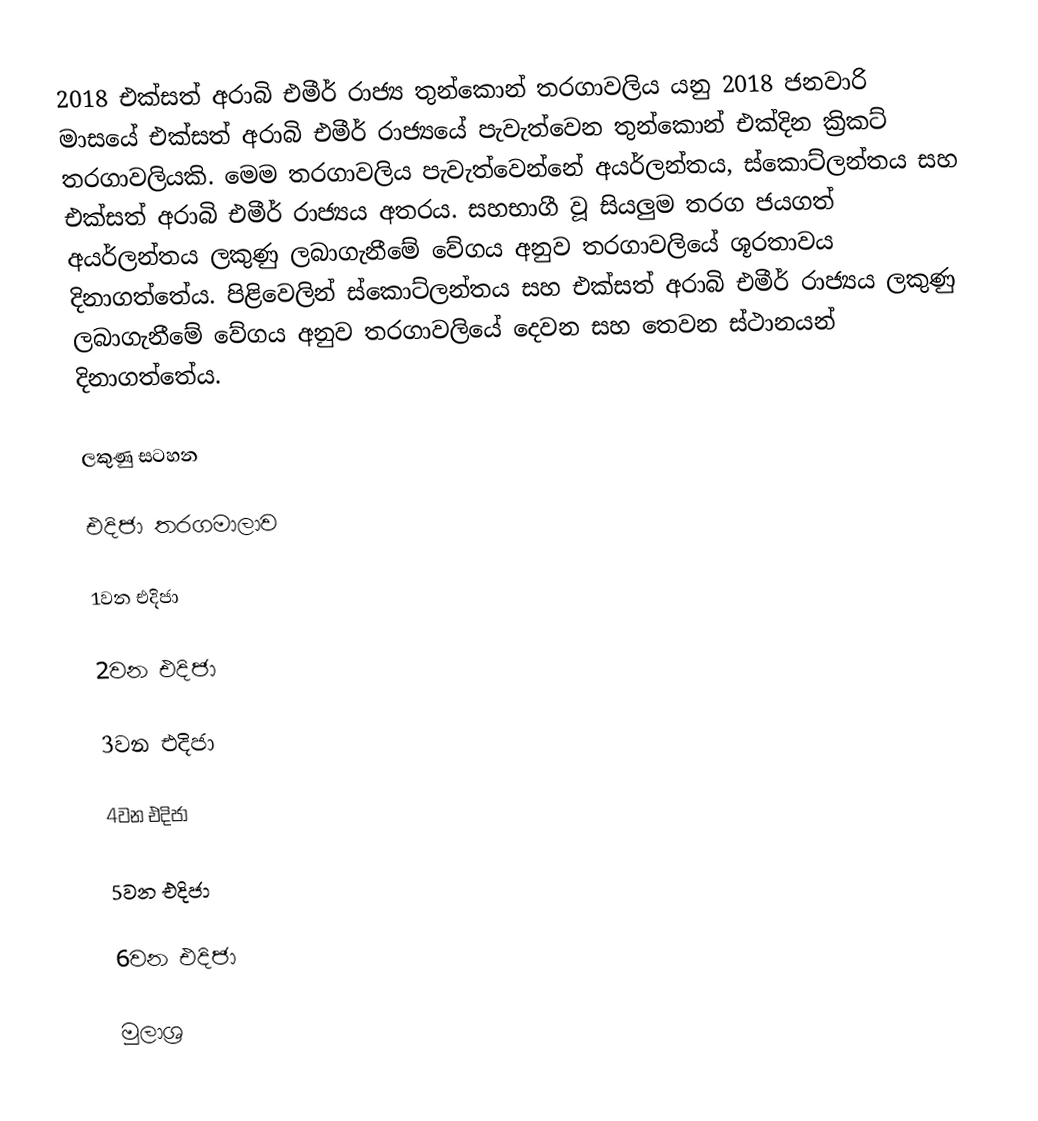
2018 එක්සත් අරාබි එමීර් රාජ්‍ය තුන්කොන් තරගාවලිය යනු 2018 ජනවාරි මාසයේ එක්සත් අරාබි එමීර් රාජ්‍යයේ පැවැත්වෙන තුන්කොන් එක්දින ක්‍රිකට් තරගාවලියකි. මෙම තරගාවලිය පැවැත්වෙන්නේ අයර්ලන්තය, ස්කොට්ලන්තය සහ එක්සත් අරාබි එමීර් රාජ්‍යය අතරය. සහභාගී වූ සියලුම තරග ජයගත් අයර්ලන්තය ලකුණු ලබාගැනීමේ වේගය අනුව තරගාවලියේ ශූරතාවය දිනාගත්තේය. පිළිවෙලින් ස්කොට්ලන්තය සහ එක්සත් අරාබි එමීර් රාජ්‍යය ලකුණු ලබාගැනීමේ වේගය අනුව තරගාවලියේ දෙවන සහ තෙවන ස්ථානයන් දිනාගත්තේය.

ලකුණු සටහන

එදිජා තරගමාලාව

1වන එදිජා

2වන එදිජා

3වන එදිජා

4වන එදිජා

5වන එදිජා

6වන එදිජා

මුලාශ්‍ර